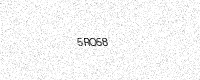
Text: 5RO58